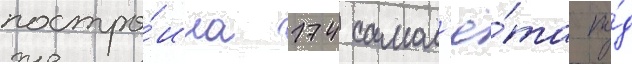
постро́ила 174 самол'ё́та по́д